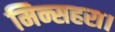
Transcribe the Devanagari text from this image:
मिन्सहरा।